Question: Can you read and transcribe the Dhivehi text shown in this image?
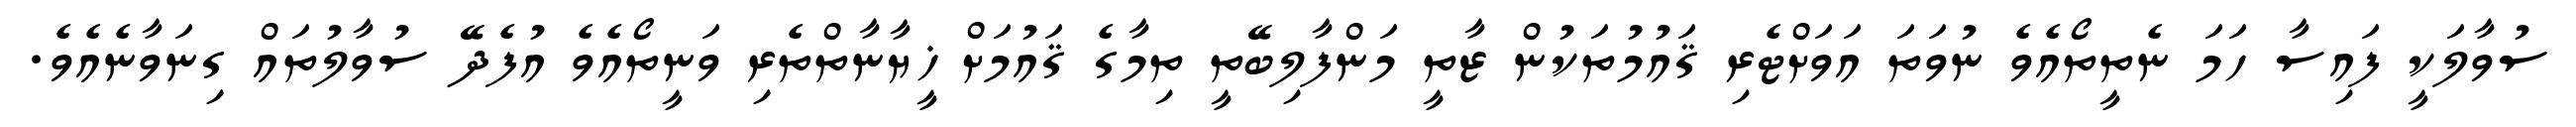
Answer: ސުވާލަކީ ފައިސާ ހަމަ ނެތީތޯއެވެ ނުވަތަ އަވަށްޓެރި ޤައުމުތަކުން ޒާތީ މަންފާލިބޭތީ ތިމާގެ ޤައުމަށް ޚީޔާނާތްތެރި ވަނީތޯއެވެ އުފެދޭ ސުވާލުތައް ގިނަވާނެއެވެ.